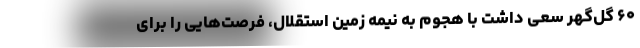
۶۰ گل‌گهر سعی داشت با هجوم به نیمه زمین استقلال، فرصت‌هایی را برای